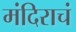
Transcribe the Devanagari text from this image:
मंदिराचं